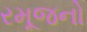
રમૂજનો